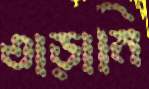
তাড়ানি